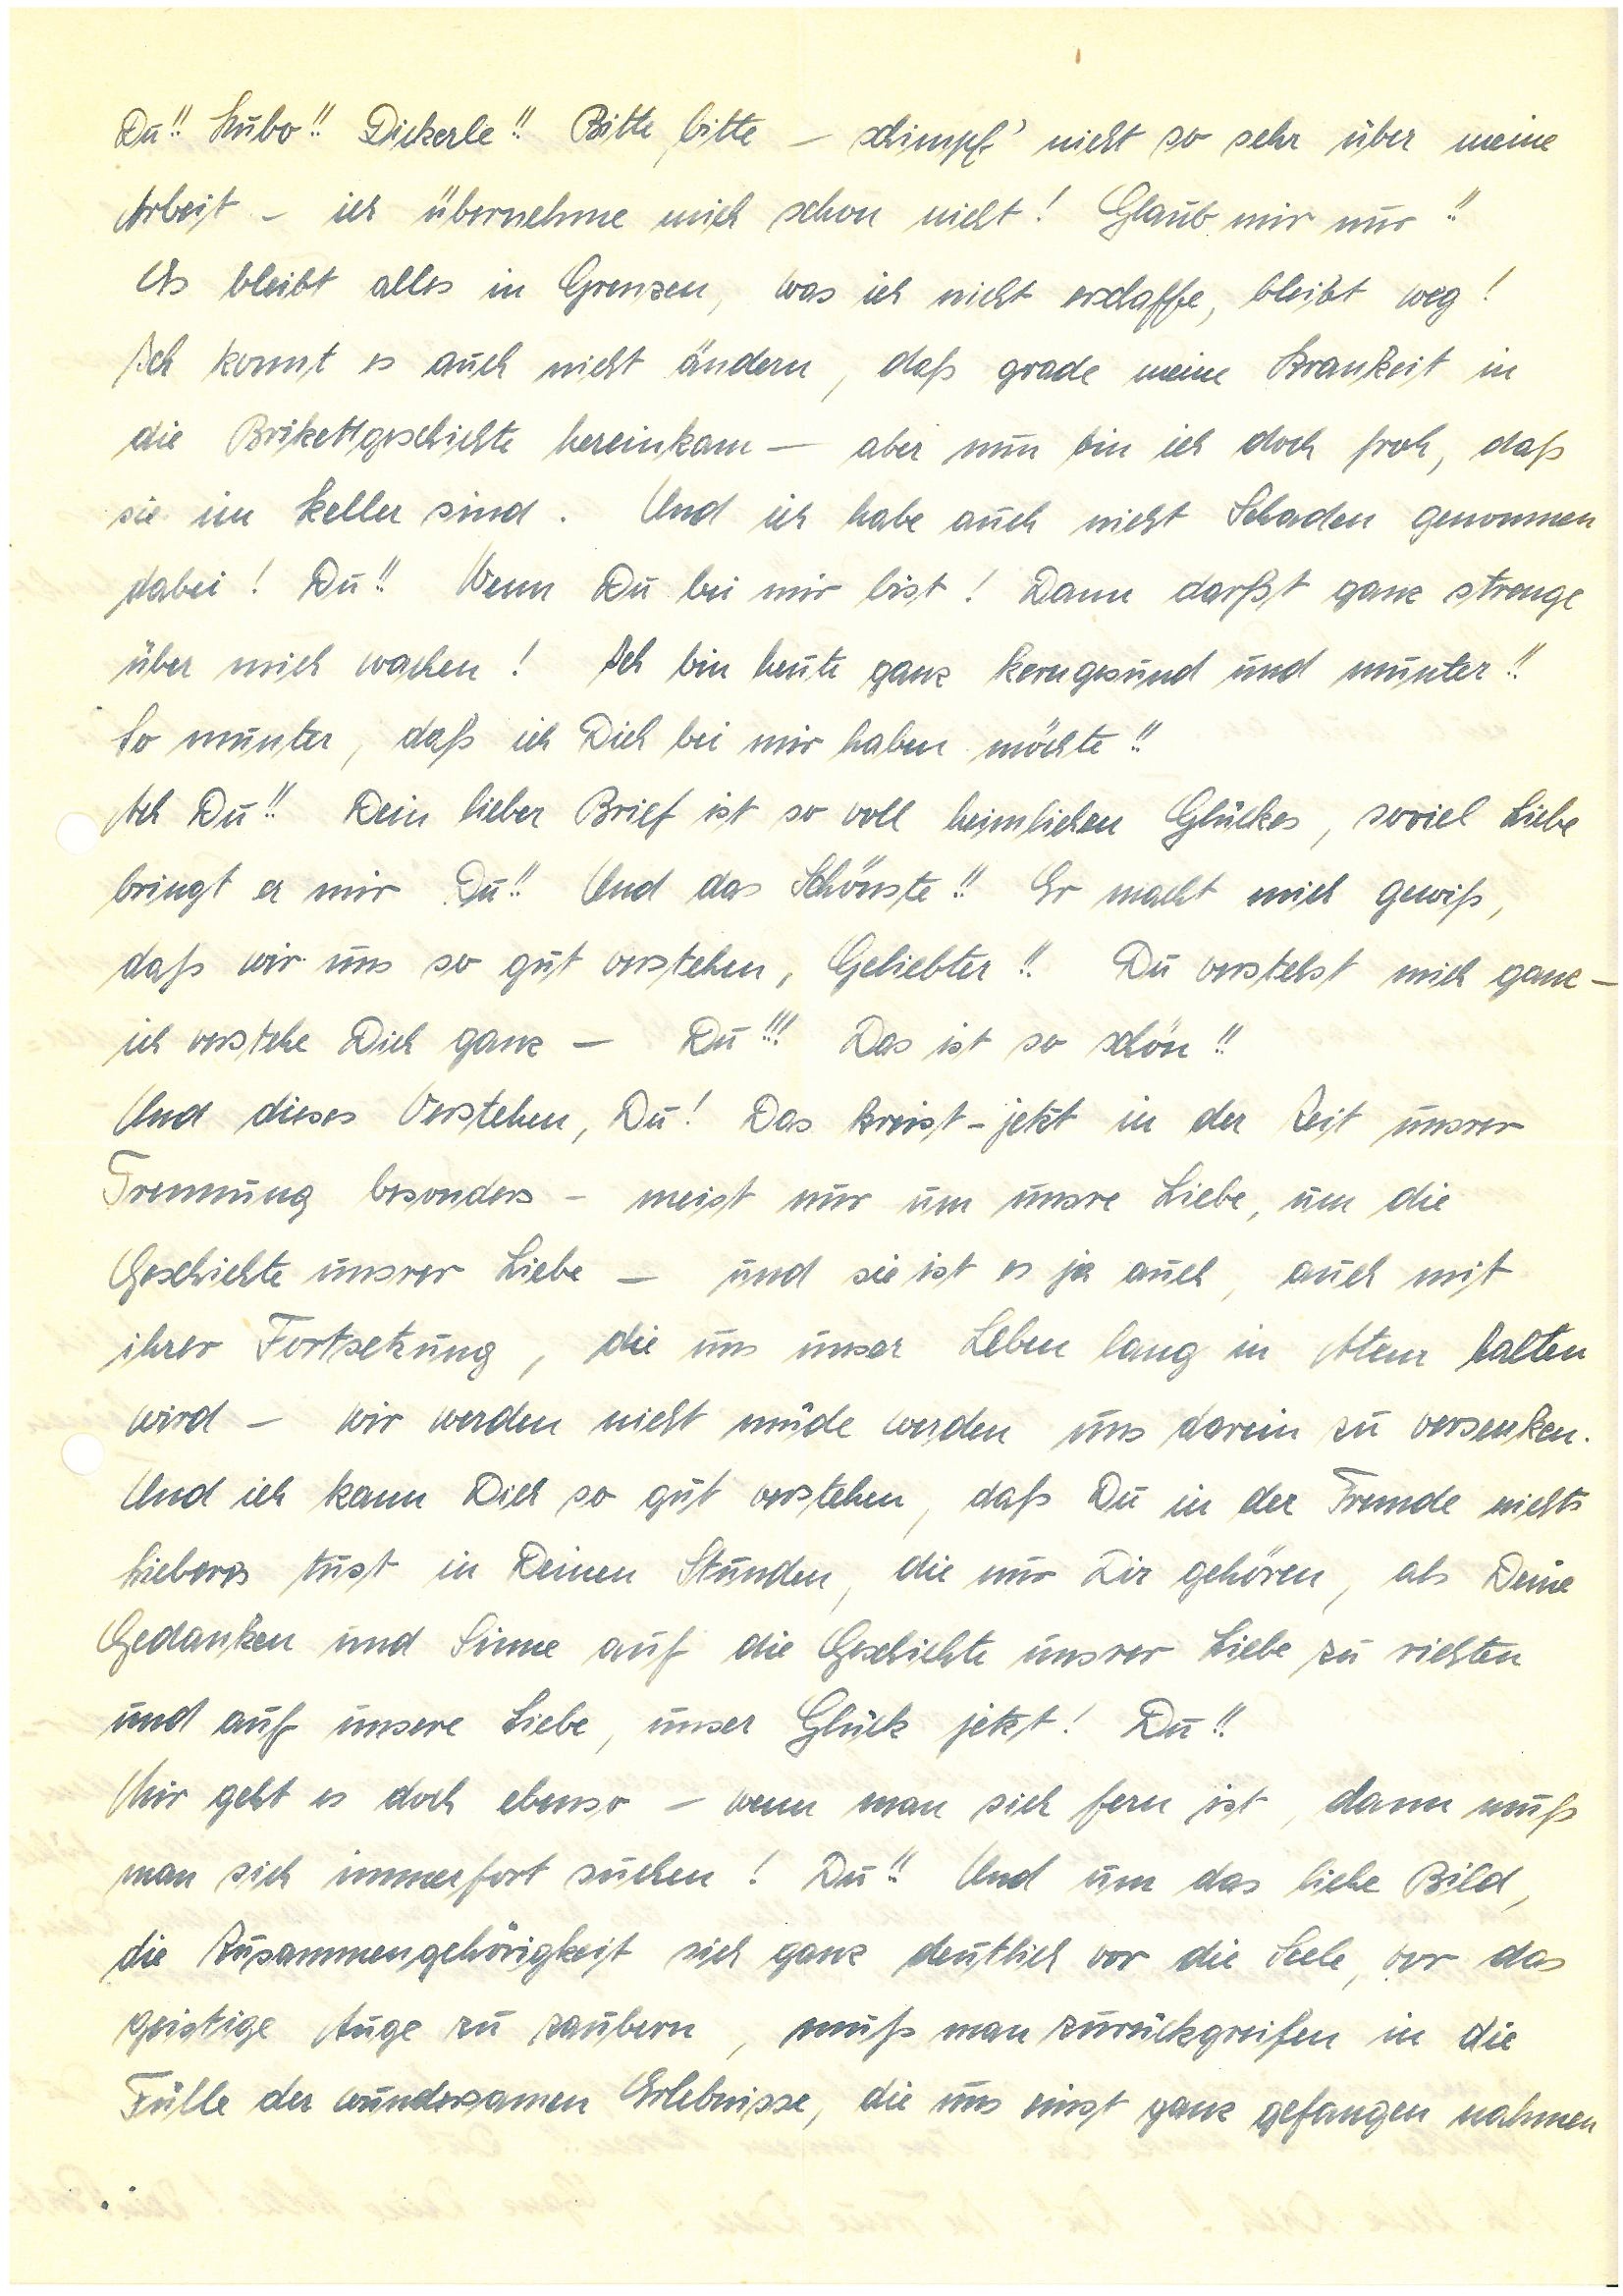
Du!! Hubo!! Dickerle!! Bitte, bitte – schimpf’ nicht so sehr über meine
Arbeit – ich übernehme mich schon nicht! Glaub mir nur!!
Es bleibt alles in Grenzen, was ich nicht erschaffe, bleibt weg!
Ich konnt es auch nicht ändern, daß grade meine Krankheit in
die Brikettgeschichte hereinkam – aber nun bin ich doch froh, daß
sie im Keller sind. Und ich habe auch nicht Schaden genommen
dabei! Du!! Wenn Du bei mir bist! Dann darfst ganz strenge
über mich wachen! Ich bin heute ganz kerngesund und munter!!
So munter, daß ich Dich bei mir haben möchte!!
Ach, Du!! Dein lieber Brief ist so voll heimlichen Glückes, soviel Liebe
bringt er mir. Du!! Und das Schönste!! Er macht mich gewiß,
daß wir uns so gut verstehen, Geliebter!! Du verstehst mich ganz –
ich verstehe Dich ganz – Du!!! Das ist so schön!!
Und dieses Verstehen, Du! Das kreist – jetzt in der Zeit unsrer
Trennung besonders – meist nur um unsre Liebe, um die
Geschichte unsrer Liebe – und sie ist es ja auch, auch mit
ihrer Fortsetzung, die uns unser Leben lang in Atem halten
wird – wir werden nicht müde werden uns darein zu versenken.
Und ich kann Dich so gut verstehen, daß Du in der Fremde nichts
Lieberes tust in Deinen Stunden, die nur Dir gehören, als Deine
Gedanken und Sinne auf die Geschichte unsrer Liebe zu richten
und auf unsere Liebe, unser Glück jetzt! Du!!
Mir geht es doch ebenso – wenn man sich fern ist, dann muß
man sich immerfort suchen! Du!! Und um das liebe Bild,
die Zusammengehörigkeit sich ganz deutlich vor die Seele, vor das
geistige Auge zu zaubern, muß man zurückgreifen in die
Fülle der wundersamen Erlebnisse, die uns einst ganz gefangen nahmen